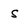
Character: S